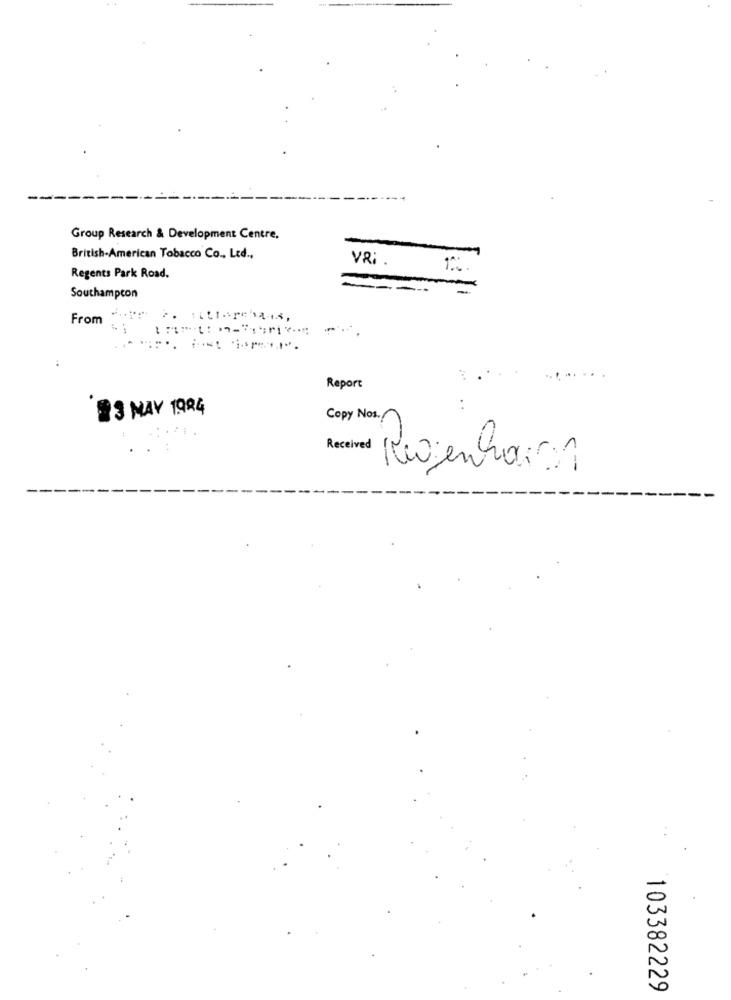
Group Research & Development Centre.
British-American Tobacco Co ., Ltd .,
VR: .
Regents Park Road.
Southampton
From
Report
13 MAY 1994
Copy Nos.
Received
Revenhair
103382229